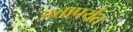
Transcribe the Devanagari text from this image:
अत्तापर्यंत